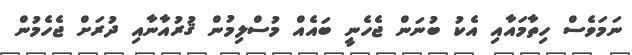
ނަމަވެސް ހިތާމައާއި އެކު ބުނަން ޖެހެނީ ބައެއް މުސްލިމުން ޤުރުއާނާއި ދުރަށް ޖެހެމުން